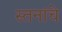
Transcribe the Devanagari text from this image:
स्तनांचे